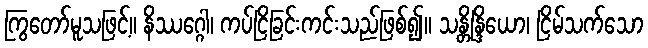
ကြွတော်မူသဖြင့်။ နိဿဂ္ဂေါ၊ ကပ်ငြိခြင်းကင်းသည်ဖြစ်၍။ သန္တိန္ဒြိယော၊ ငြိမ်သက်သော